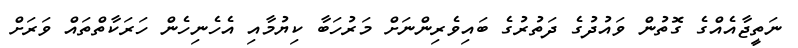
ނަތީޖާއެއްގެ ގޮތުން ވައުދުގެ ދަތުރުގެ ބައިވެރިންނަށް މަރުހަބާ ކިޔުމާއި އެހެނިހެން ހަރަކާތްތައް ވަރަށް